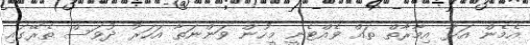
އެމެން އަޅާ އިމާރާތް ތައް ވެއްޓެނީ މީހުން ވަންނަތާ އަހަރު ދުވަސް ތެރޭގައި